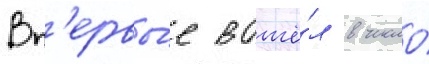
Вп'ервы́е вошё́л в число́